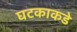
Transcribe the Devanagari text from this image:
घटकाकडे